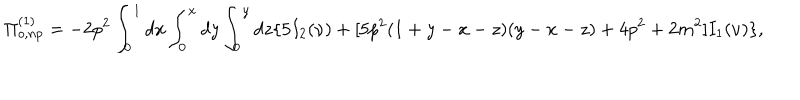
LaTeX: \Pi _ { o , n p } ^ { ( 1 ) } = - 2 p ^ { 2 } \int _ { 0 } ^ { 1 } d x \int _ { 0 } ^ { x } d y \int _ { 0 } ^ { y } d z \{ 5 I _ { 2 } ( \nu ) + [ 5 p ^ { 2 } ( 1 + y - x - z ) ( y - x - z ) + 4 p ^ { 2 } + 2 m ^ { 2 } ] I _ { 1 } ( \nu ) \} ,